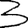
Digit: 3